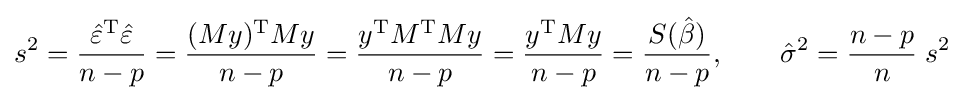
s^{2}={\frac {{\hat {\varepsilon }}^{\mathrm {T} }{\hat {\varepsilon }}}{n-p}}={\frac {(My)^{\mathrm {T} }My}{n-p}}={\frac {y^{\mathrm {T} }M^{\mathrm {T} }My}{n-p}}={\frac {y^{\mathrm {T} }My}{n-p}}={\frac {S({\hat {\beta }})}{n-p}},\qquad {\hat {\sigma }}^{2}={\frac {n-p}{n}}\;s^{2}